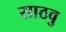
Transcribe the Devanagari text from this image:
साठवु